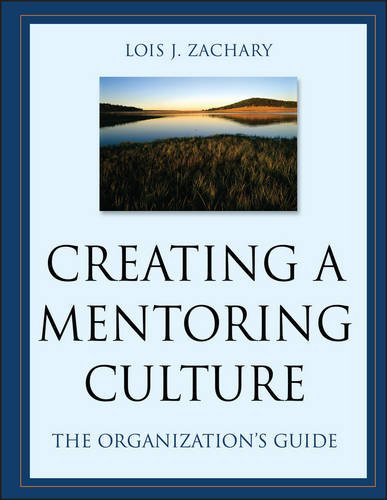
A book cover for Creating a Mentoring Culture: The Organization's Guide; Lois J. Zachary; Education & Teaching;